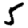
Digit: 5